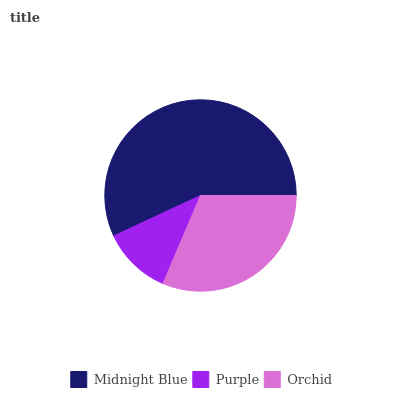
| Midnight Blue | Purple | Orchid |
 | --- | --- | --- |
 | 57% | 11.7% | 31.4% |